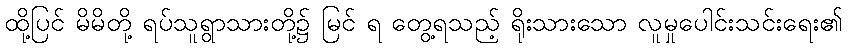
ထို့ပြင် မိမိတို့ ရပ်သူရွာသားတို့၌ မြင် ရ တွေ့ရသည့် ရိုးသားသော လူမှုပေါင်းသင်းရေး၏